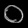
Digit: ၀